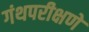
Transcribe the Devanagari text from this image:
गंथपरीक्षणे